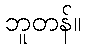
ဘူတန်။